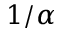
1 / \alpha